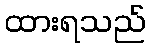
ထားရသည်